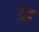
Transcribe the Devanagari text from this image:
डड